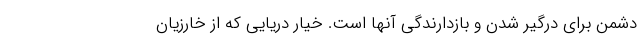
دشمن برای درگیر شدن و بازدارندگی آنها است. خیار دریایی که از خارزیان